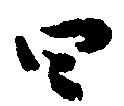
四